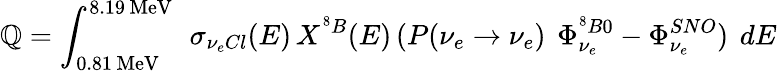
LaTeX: \mathbb{Q}=\int_{0.81\, \mathrm{{MeV}}}^{8.19\, \mathrm{{MeV}}}\, ~\sigma_{\nu_{e}Cl}(E)\, X^{^8B}(E)\, (P(\nu_{e}\to\nu_{e})\, ~\Phi_{\nu_{e}}^{{^8B}0}-\Phi_{\nu_{e}}^{SNO})\, ~dE